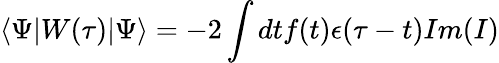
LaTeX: \left<\Psi|W(\tau)|\Psi\right>=-2\int dtf(t)\epsilon(\tau-t)Im(I)